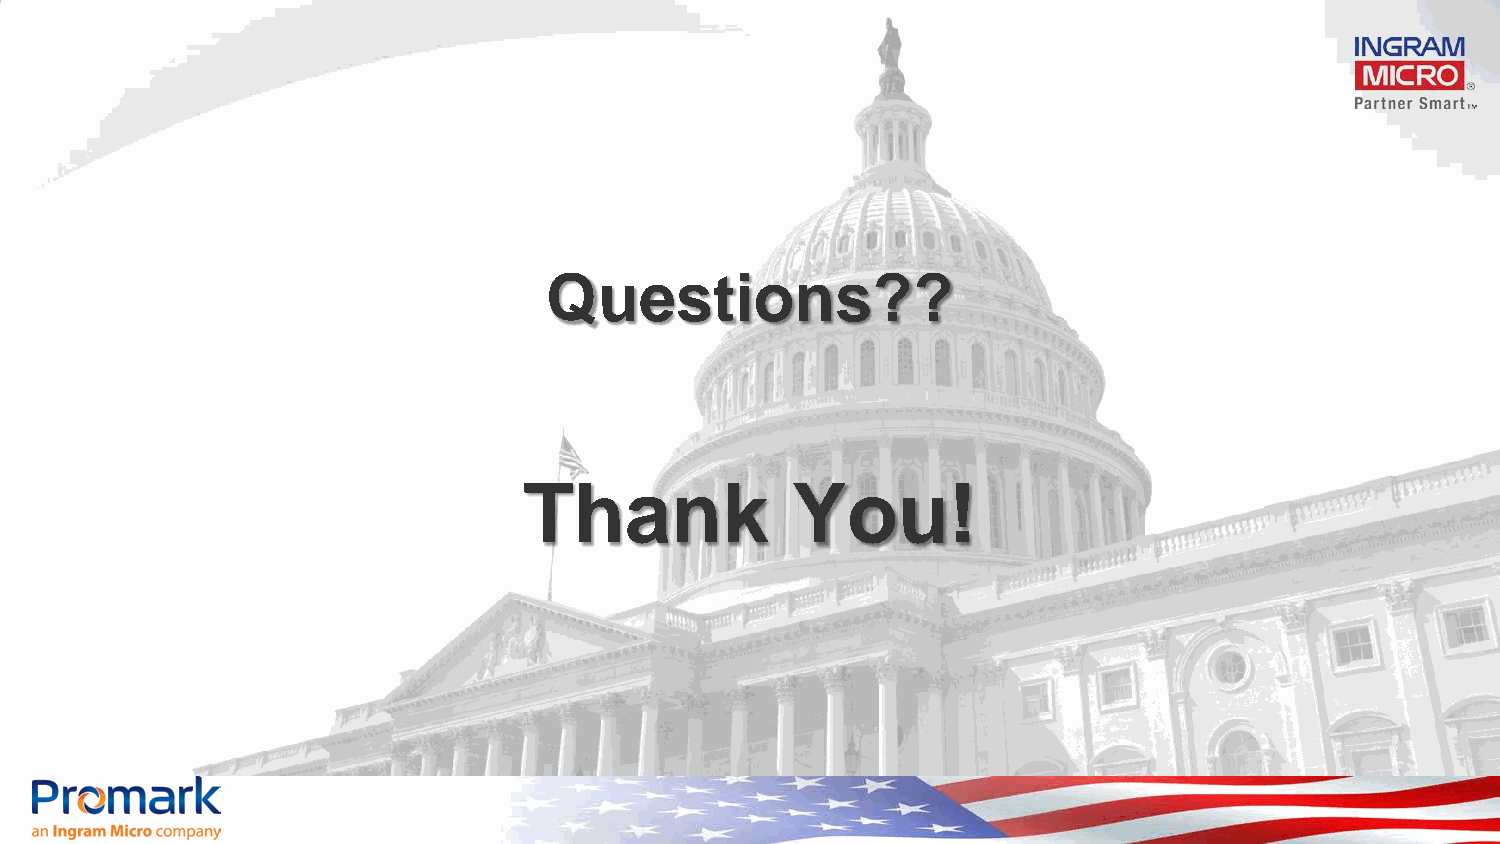
Questions??
 Thank            You!
 Confidential and proprietary information of Ingram Micro Inc. — Do not distribute or duplicate without Ingram Micro's express written permission. 1403007_16